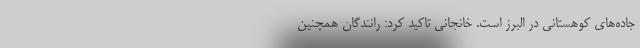
جاده‌های کوهستانی در البرز است. خانجانی تاکید کرد: رانندگان همچنین